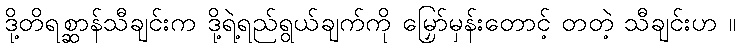
ဒို့တိရစ္ဆာန်သီချင်းက ဒို့ရဲ့ရည်ရွယ်ချက်ကို မြှော်မှန်းတောင့် တတဲ့ သီချင်းဟ ။